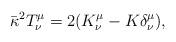
LaTeX: \begin{align*}{\bar\kappa}^2 T^\mu_\nu=2(K^\mu_\nu -K\delta^\mu_\nu),\end{align*}